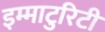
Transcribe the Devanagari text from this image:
इम्माटुरिटी